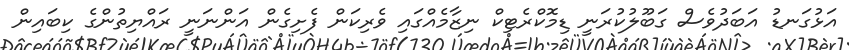
އަޅުގަނޑު އަބަދުވެސް ގަބޫލުކުރަނީ ޑިމޮކްރެޓިކް ނިޒާމެއްގައި ވެރިކަން ފެށިގެން އަންނަނީ ރައްޔިތުންގެ ކިބައިން